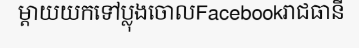
ម្តាយយកទៅប្លុងចោលFacebookរាជធានី